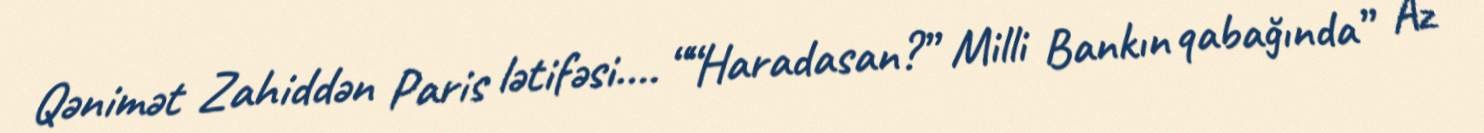
Qənimət Zahiddən Paris lətifəsi.... ““Haradasan?” Milli Bankın qabağında” Az